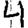
Digit: 4